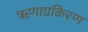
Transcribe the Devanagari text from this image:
ऋणाग्रकिरण